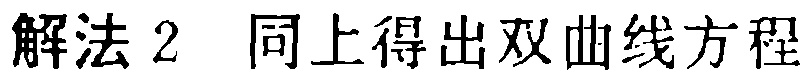
解法2 同上得出双曲线方程